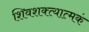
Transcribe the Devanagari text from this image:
शिवशक्त्यात्मकं